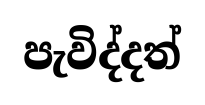
පැවිද්දත්